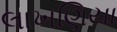
લાખણિયા